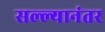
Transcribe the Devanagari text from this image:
सल्ल्यानंतर